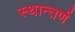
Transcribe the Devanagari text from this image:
स्थान्तर्ण